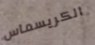
الكريسماس